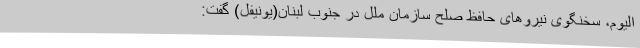
الیوم، سخنگوی نیروهای حافظ صلح سازمان ملل در جنوب لبنان(یونیفل) گفت: